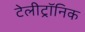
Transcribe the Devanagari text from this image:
टेलीट्रॉनिक